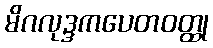
မိဂလုဒ္ဒကပေတဝတ္ထု